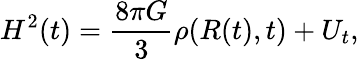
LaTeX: H^{2}(t)=\frac{8\pi G}{3}\rho(R(t),t)+U_{t},